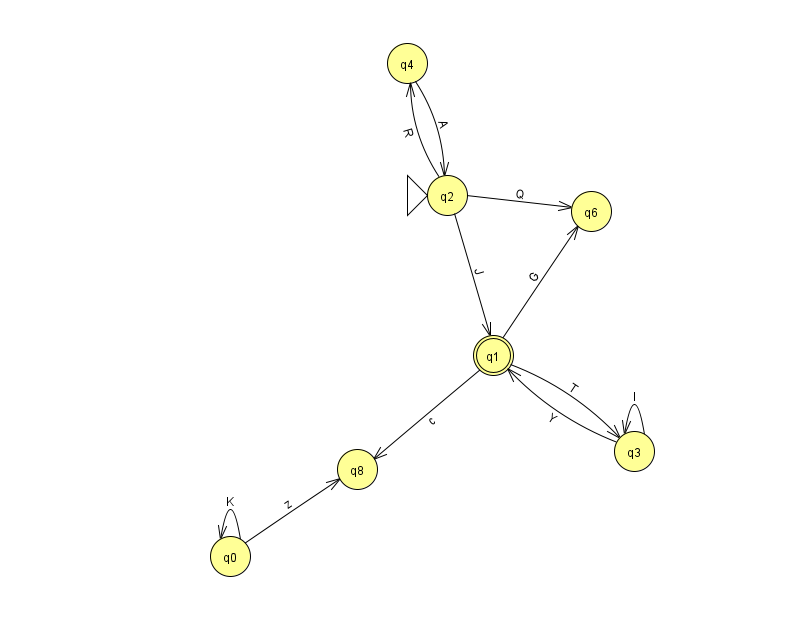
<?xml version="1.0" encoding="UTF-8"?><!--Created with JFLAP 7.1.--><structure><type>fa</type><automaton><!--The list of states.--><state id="0" name="q0"><x>230.0</x><y>543.0</y></state><state id="1" name="q1"><x>493.0</x><y>342.0</y><final/></state><state id="2" name="q2"><x>447.0</x><y>182.0</y><initial/></state><state id="3" name="q3"><x>634.0</x><y>438.0</y></state><state id="4" name="q4"><x>407.0</x><y>50.0</y></state><state id="6" name="q6"><x>591.0</x><y>198.0</y></state><state id="8" name="q8"><x>357.0</x><y>456.0</y></state><!--The list of transitions.--><transition><from>1</from><to>6</to><read>G</read></transition><transition><from>2</from><to>1</to><read>J</read></transition><transition><from>3</from><to>1</to><read>Y</read></transition><transition><from>1</from><to>8</to><read>c</read></transition><transition><from>3</from><to>3</to><read>I</read></transition><transition><from>0</from><to>0</to><read>K</read></transition><transition><from>0</from><to>8</to><read>z</read></transition><transition><from>2</from><to>4</to><read>R</read></transition><transition><from>2</from><to>6</to><read>Q</read></transition><transition><from>1</from><to>3</to><read>T</read></transition><transition><from>4</from><to>2</to><read>A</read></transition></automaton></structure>